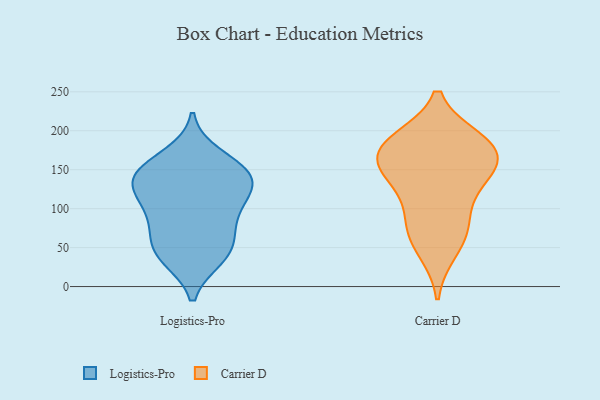
{"axis": {"x": "Page Views", "y": "Value"}, "legend": ["Carrier D", "Logistics-Pro"], "data": [{"x": "", "y": 128, "type": "Logistics-Pro"}, {"x": "", "y": 37, "type": "Logistics-Pro"}, {"x": "", "y": 132, "type": "Logistics-Pro"}, {"x": "", "y": 86, "type": "Logistics-Pro"}, {"x": "", "y": 57, "type": "Logistics-Pro"}, {"x": "", "y": 135, "type": "Logistics-Pro"}, {"x": "", "y": 110, "type": "Logistics-Pro"}, {"x": "", "y": 44, "type": "Logistics-Pro"}, {"x": "", "y": 150, "type": "Logistics-Pro"}, {"x": "", "y": 78, "type": "Logistics-Pro"}, {"x": "", "y": 147, "type": "Logistics-Pro"}, {"x": "", "y": 40, "type": "Logistics-Pro"}, {"x": "", "y": 104, "type": "Logistics-Pro"}, {"x": "", "y": 147, "type": "Logistics-Pro"}, {"x": "", "y": 168, "type": "Logistics-Pro"}, {"x": "", "y": 184, "type": "Carrier D"}, {"x": "", "y": 92, "type": "Carrier D"}, {"x": "", "y": 141, "type": "Carrier D"}, {"x": "", "y": 151, "type": "Carrier D"}, {"x": "", "y": 188, "type": "Carrier D"}, {"x": "", "y": 152, "type": "Carrier D"}, {"x": "", "y": 170, "type": "Carrier D"}, {"x": "", "y": 186, "type": "Carrier D"}, {"x": "", "y": 82, "type": "Carrier D"}, {"x": "", "y": 46, "type": "Carrier D"}, {"x": "", "y": 176, "type": "Carrier D"}, {"x": "", "y": 131, "type": "Carrier D"}, {"x": "", "y": 64, "type": "Carrier D"}]}